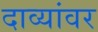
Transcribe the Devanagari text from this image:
दाव्यांवर